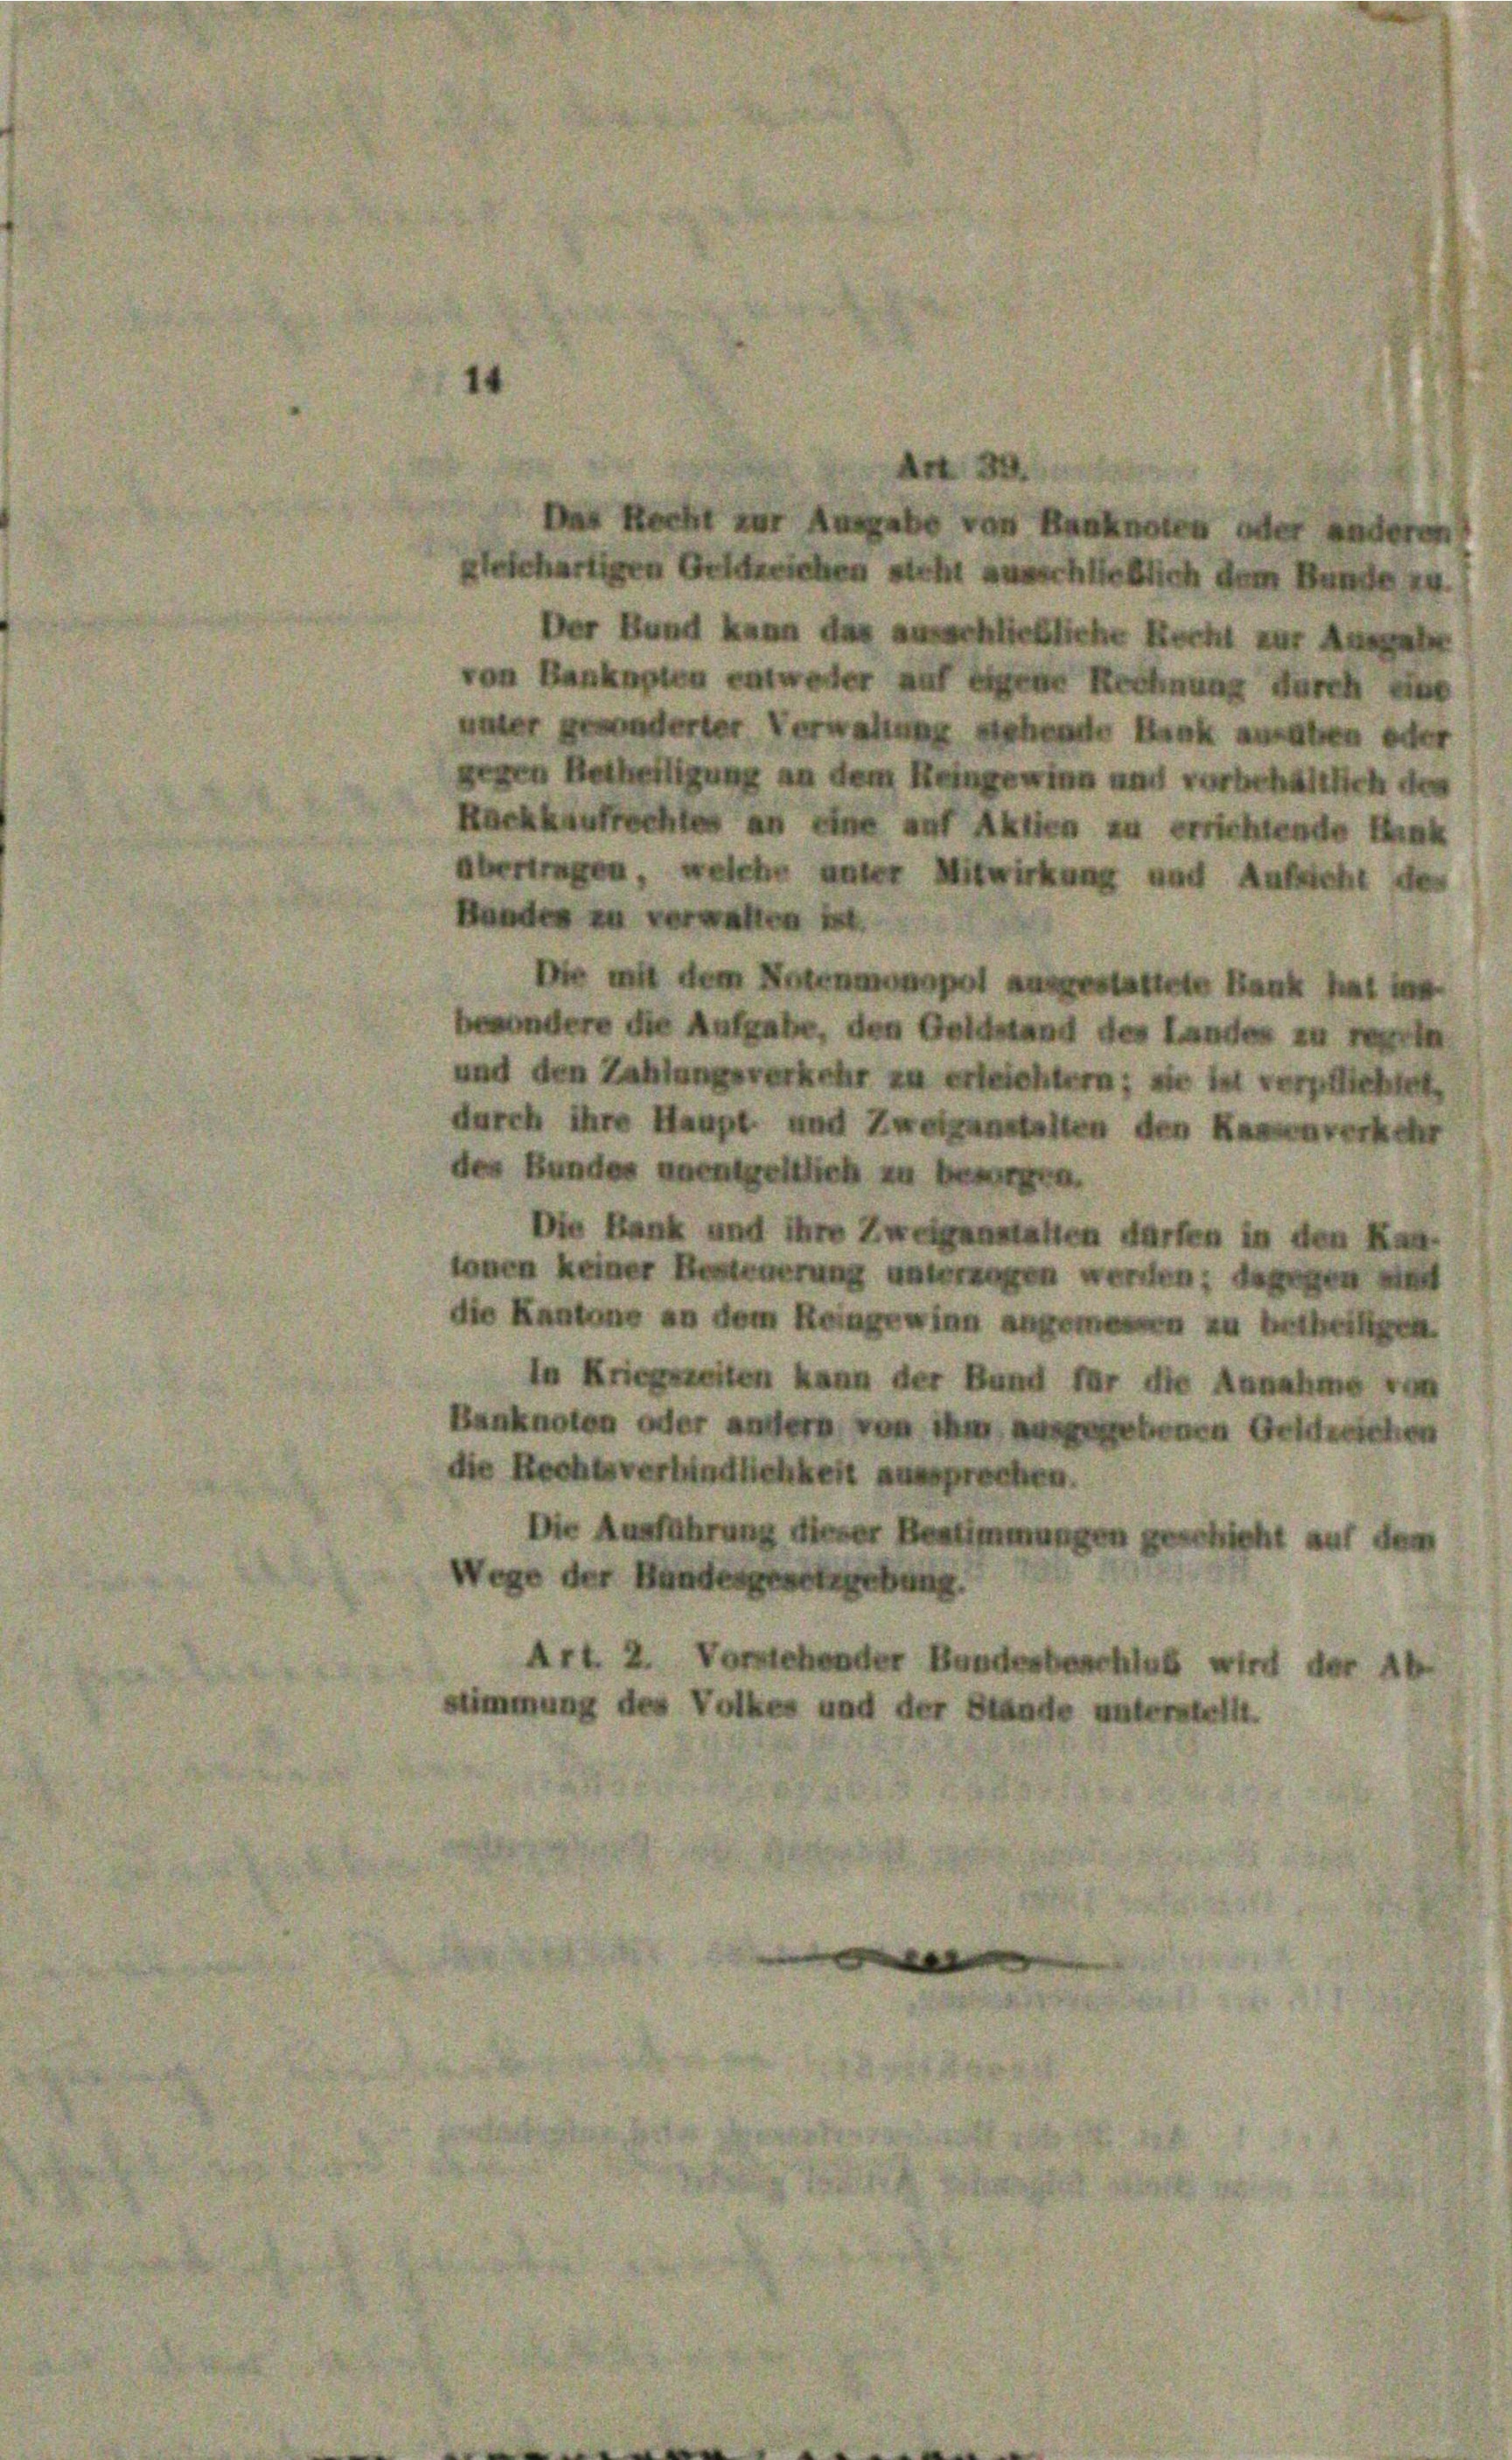
das R
t Ausgabe von Banknoten oder
hartigen Geschrichen steht anverheblich dem Bund
Der Bund kann das anschließliche Recht zur Ans
on Bankapten entweder auf eigen Rechnung durch
fonderter Verwalt sichen Rank ansahen
egen Betheiligung an dem Reingewinn nach vorbehaltlich de
ckkaufrechen an eine auf Aktien zu errichtende R
Vertragen, welche unter Mitwirkung und Aufsicht d
de zu verwalten ist
Die mit dem Notenmanns
Bar
ndere die Aufgabe, den Geldstand des Landen zu rech
ad den Zahlungsverkehr zu erleichtern; die verpflich
urch ihre Haupt und Zweigenstalten den
Bundes unentgeltlich zu begn
die Bank und ihre Zweigenstalten dürfen in
en keiner Bederung untergen werden; dagegen
 Kantone an dem Reingewinn angemen zu hatte
In Kriegszeiten kann der Bund für die Annahme vo
Banknoten oder andern von ihm genen Ge
die Rechtsverhindlichkeit aussprechen.
Die Ausführung dieser Bestimmungen
der Bundesgem
zung.
t 2. Vorsiehender Bundesbe
mmung des Volkes und der Stande unterste